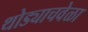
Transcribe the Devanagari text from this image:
थोड्याचवेळा